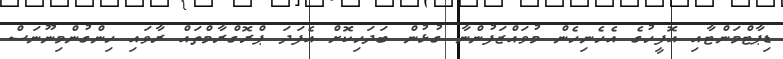
ޑިޕާޓްމަންޓާއި އޮފީހުގެ އެހެނިހެން މުވައްޒަފުންނާ ގުޅުން ބަދަހިކޮށް އެފަދަ ޕްރޮގްރާމްތައް ރާވައި ހިންގުންމިނޫނަސް